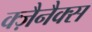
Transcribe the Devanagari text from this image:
क्ज़ैनैक्स